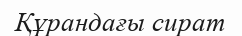
Құрандағы сират